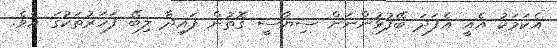
އެކަމަކު އެއީ އެފަދަ ބޭފުޅުންނަށް ސިޔާސީ ގޮތުން ފައިދާ ލިބޭ ފަހަރުތަކުގަ އެވެ.